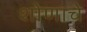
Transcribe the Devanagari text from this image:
शोणाचे